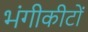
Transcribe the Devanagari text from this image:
भंगीकीटों